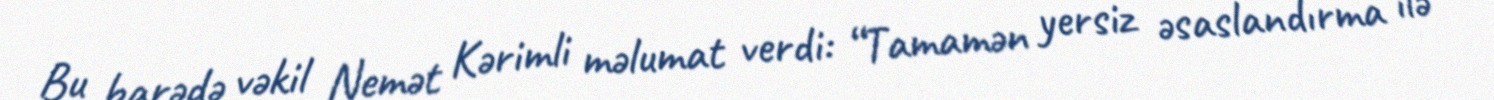
Bu barədə vəkil Nemət Kərimli məlumat verdi: “Tamamən yersiz əsaslandırma ilə